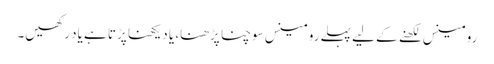
رومینس لکھنے کے لیے پہلے رومینس سوچنا پڑھنا، یا دیکھنا پڑتا ہے یاد رکھیں۔